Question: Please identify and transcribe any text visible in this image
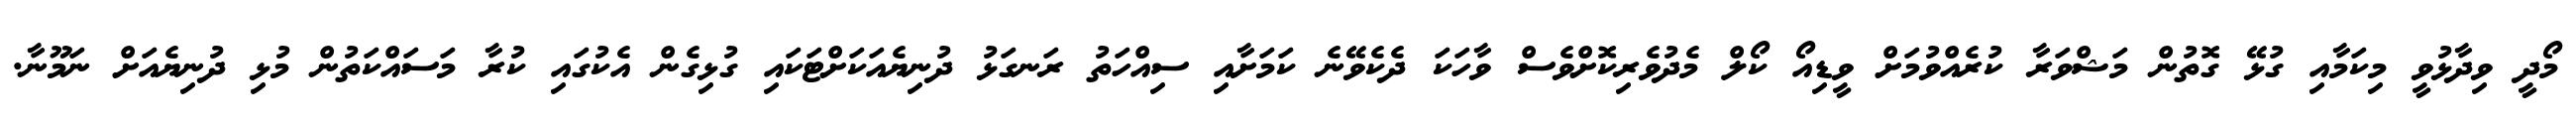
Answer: މޯދީ ވިދާޅުވީ މިކަމާއި ގުޅޭ ގޮތުން މަޝްވަރާ ކުރެއްވުމަށް ވީޑިއޯ ކޯލް މެދުވެރިކޮށްވެސް ވާހަކަ ދެކެވޭނެ ކަމަށާއި ސިއްހަތު ރަނގަޅު ދުނިޔެއަކަށްޓަކައި ގުޅިގެން އެކުގައި ކުރާ މަސައްކަތުން މުޅި ދުނިޔެއަށް ނަމޫނާ.